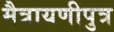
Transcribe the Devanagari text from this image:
मैत्रायणीपुत्र